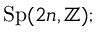
\operatorname { S p } ( 2 n , \mathbb { Z } ) ;